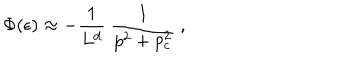
\Phi ( \epsilon ) \approx - { \frac { 1 } { L ^ { d } } } ~ { \frac { 1 } { p ^ { 2 } + p _ { c } ^ { 2 } } } ~ ,